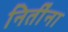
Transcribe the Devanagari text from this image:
नितींना